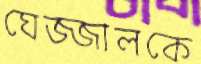
ঘেজ্জালকে